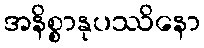
အနိစ္စာနုပဿိနော